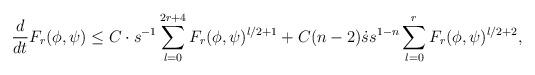
LaTeX: \begin{align*}\frac{d}{dt}F_r(\phi,\psi)\leq C\cdot s^{-1}\sum_{l=0}^{2r+4}F_r(\phi,\psi)^{l/2+1}+C(n-2) \dot{s}s^{1-n}\sum_{l=0}^{r}F_r(\phi,\psi)^{l/2+2},\end{align*}